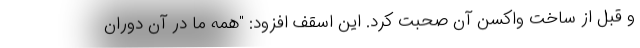
و قبل از ساخت واکسن آن صحبت کرد. این اسقف افزود: "همه ما در آن دوران